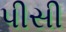
પીસી